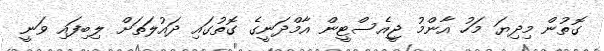
ގޮތުން މިދިޔަ މަހު އާންމު ޖީއެސްޓީން އާމްދަނީގެ ގޮތުގައި ދައުލަތަށް ލިބިފައި ވަނީ